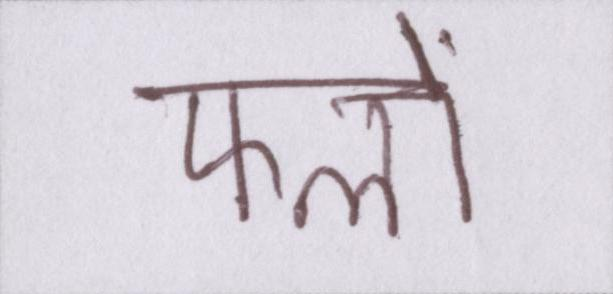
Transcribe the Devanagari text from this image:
फलों